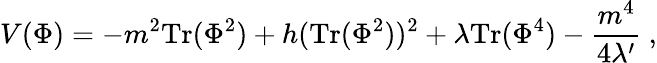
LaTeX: V(\Phi)=-m^{2}\mathrm{Tr}(\Phi^{2})+h(\mathrm{Tr}(\Phi^{2}))^{2}+\lambda\mathrm{Tr}(\Phi^{4})-{\frac{m^{4}}{4\lambda^{\prime}}}\ ,